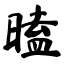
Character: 瞌